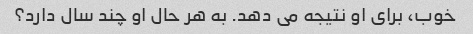
خوب، برای او نتیجه می دهد. به هر حال او چند سال دارد؟